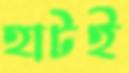
হাটই